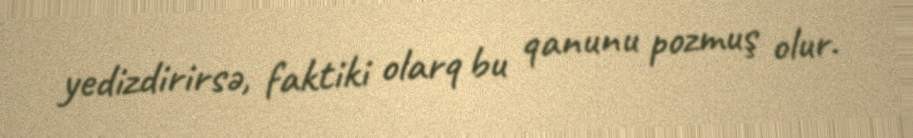
yedizdirirsə, faktiki olarq bu qanunu pozmuş olur.